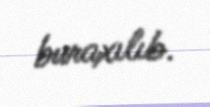
buraxılıb.